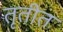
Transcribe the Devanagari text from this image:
तृतीत